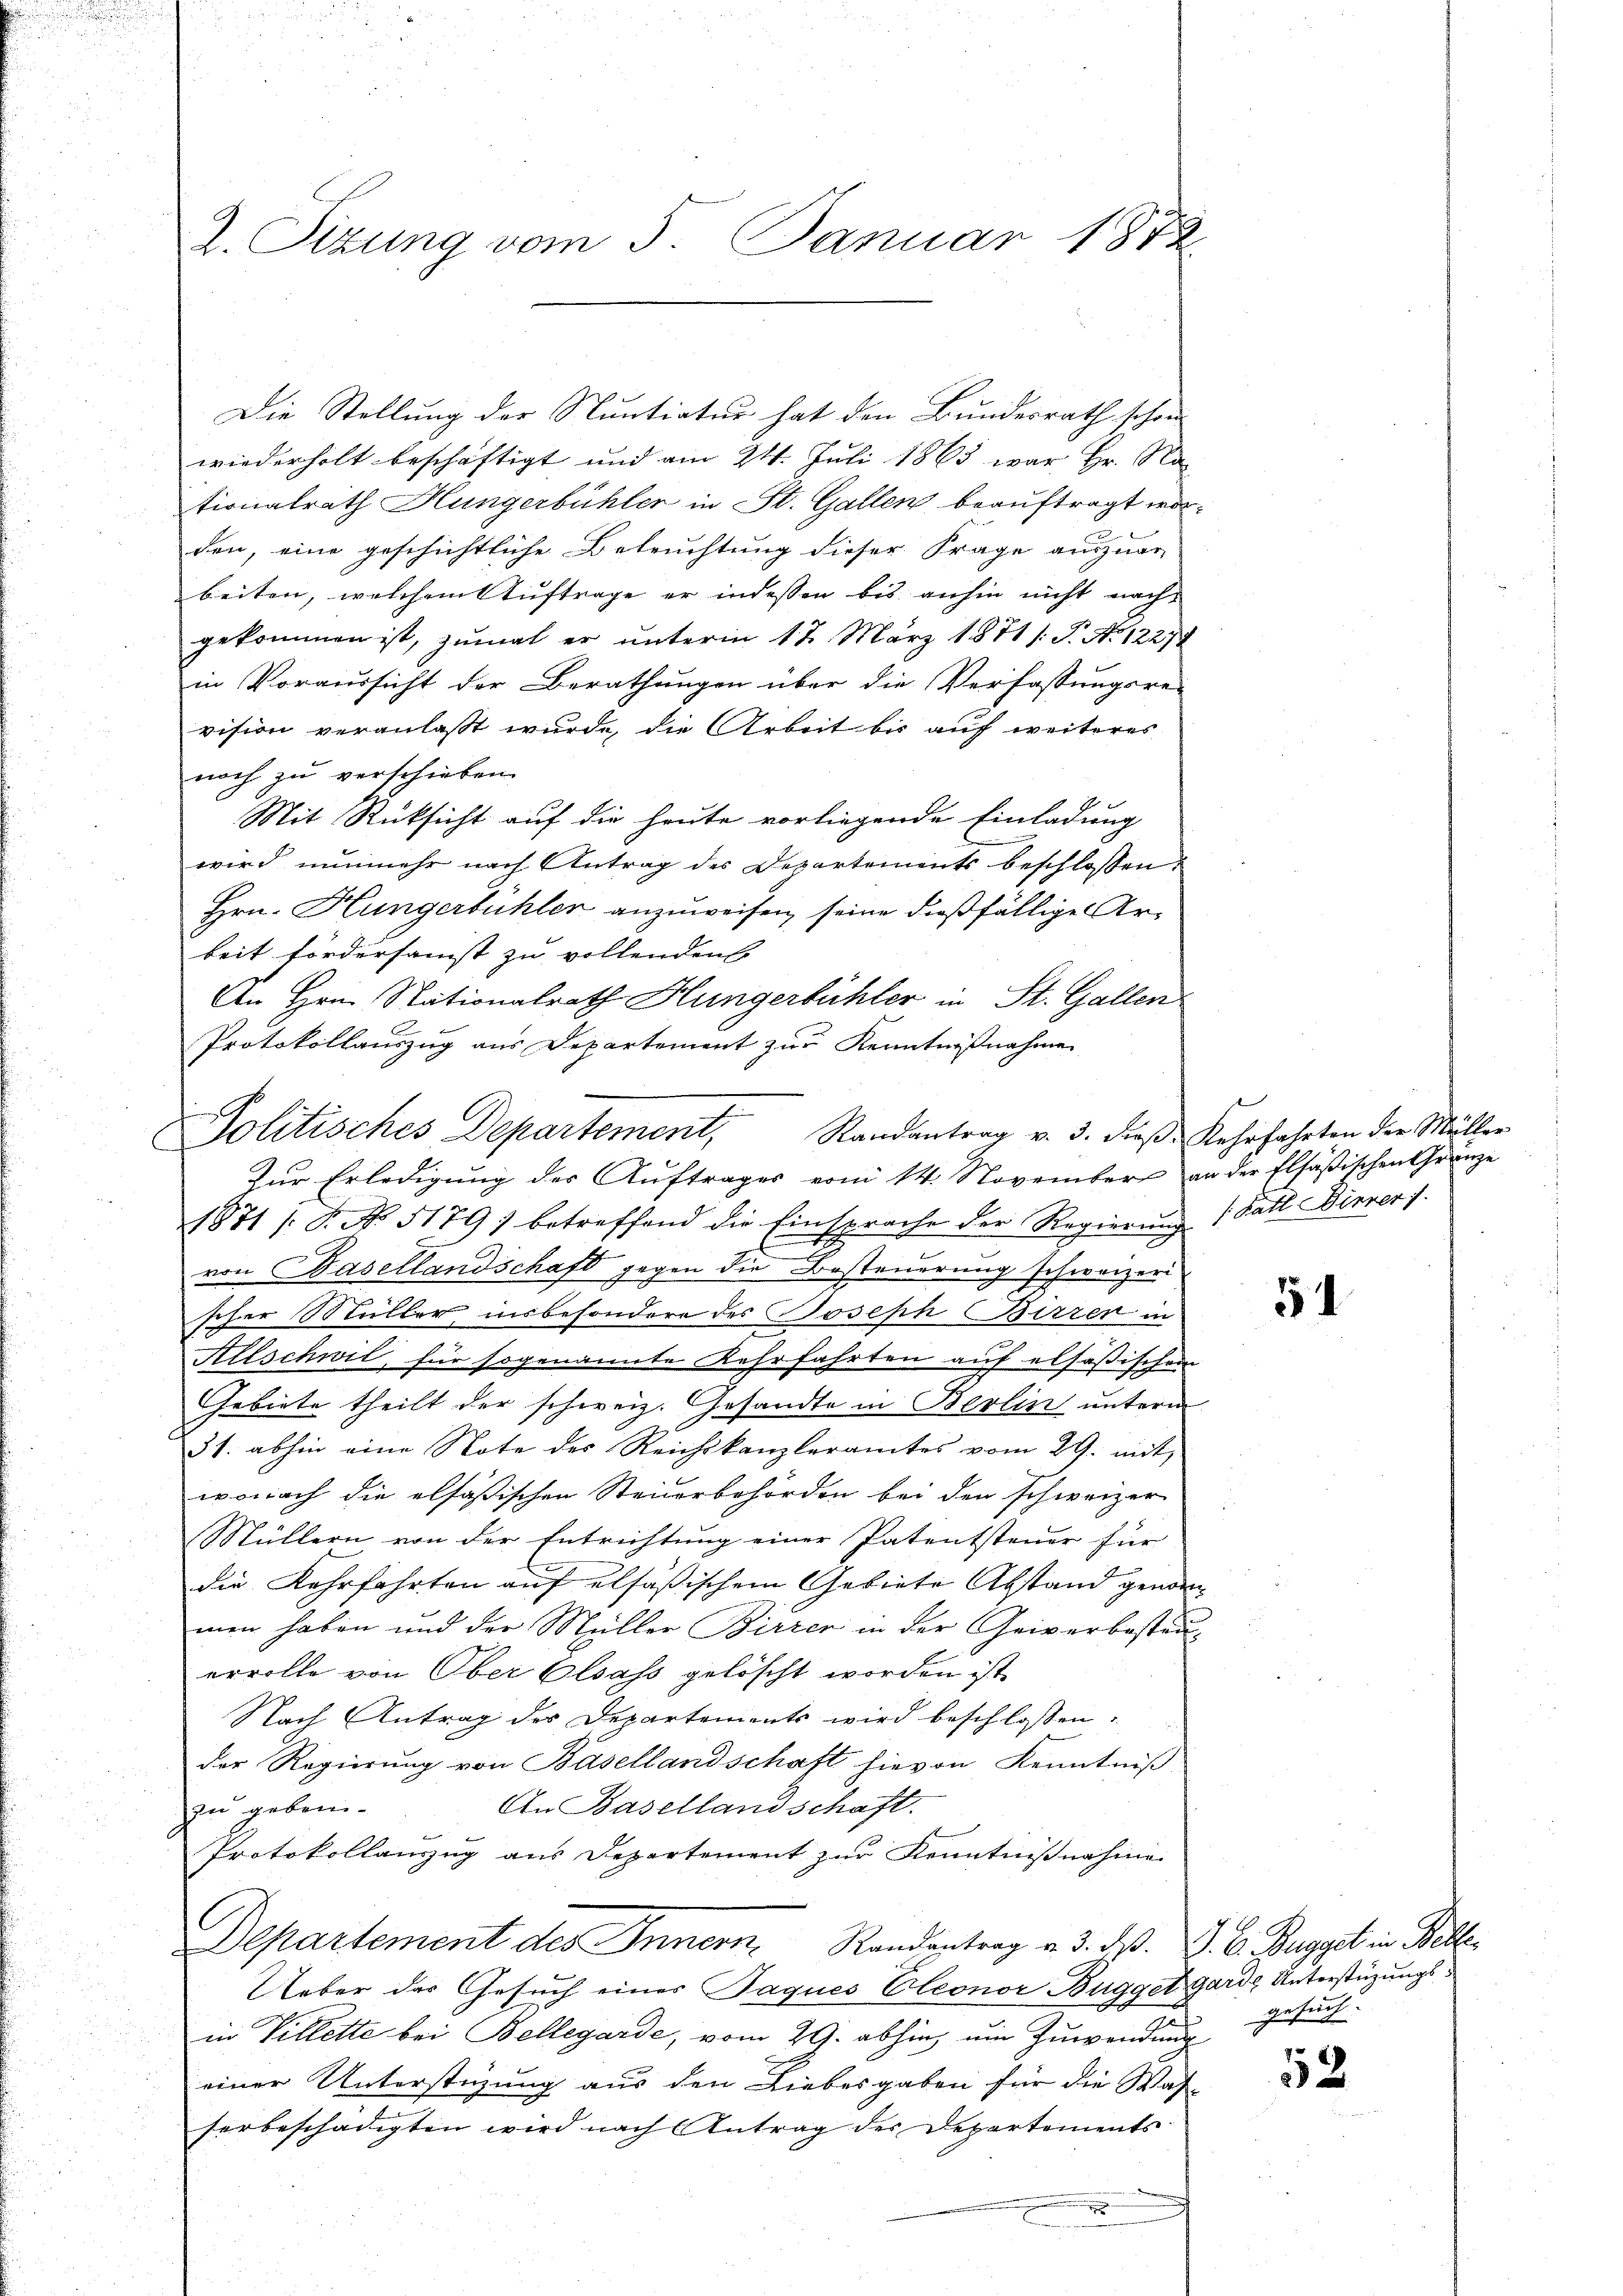
2. Sitzung vom 5. Januar 1872

Die Stellung der Nuntiatur hat den Bundesrath schon
wiederholt beschäftigt und am 24. Juli 1863 war Hr. Na
tionalrath Hungerbühler in St. Gallen beauftragt worden, eine geschichtliche Beleuchtung dieser Frage auszuge-
beiten, welchem Auftrage er indessen bis anhin nicht nach
gekommen ist, zumal er unterm 17. März 1871 /: P. Nr. 12274
in Voraussicht der Berathungen über die Verfassungsre-
vision veranlaßt wurde, die Arbeit bis auf weiteres
noch zu verschieben.
Mit Rüksicht auf die heute vorliegende Einladung
wird nunmehr nach Antrag des Departements beschlossen
Hrn. Hungerbühler anzuweisen, seine dießfällige Arbeit fördersamst zu vollenden
An Hrn. Stationalrath Hungerbühler in St. Gallen
Protokollauszug aus Departement zur Kenntnißnahmen
Zur Erledigung der Auftrages vom 14. November an der Elsäßischen Gränze
1871 /: F. No. 5179) betreffend die Einsprache der Regierung 1 Fatt Dirner s.
von Basellandschaft gegen die Besteuerung schweizeri
scher Müller insbesondere des Joseph Birren in
Allschwil, für sogenannte Kehrfahrten auf elsäßischen
Gebiete theilt der schweiz. Gesandte in Berlin unterm
31. abhin eine Note des Reichskanzleramtes vom 29. mit
wonach die elfäßischen Steuerbehörden bei den schweizer
Müllern von der Entrichtung einer Patentsteuer für
die Lehrfahrten auf elsäßischem Gebiete Abstand genommen haben und der Müller Birrer in der Geiverbestau-
ervolle von Ober Elsass gelöscht worden ist,
Nach Antrag der Departements wird beschlossen:
der Regierung von Basellandschaft hievon Kenntniß
An Basellandschaft.
zu geben.
Protokollanzug aus Departement zur Kenntnißnahme
Departement des Innern. Randantrag v. 3. dß. J. A. Buggat in Beller
Ueber das Gesuch eines Paques Eleonor Bugger Garde Unterstüzungsin Villette bei Bellegarde, vom 29. abhin, um Zuwendung
einer Unterstüzung aus den Liebesgaben für die Was-
serbeschädigten wird nach Antrag des Departements¬

E

Politisches Departement, Randantrag v. 3. dieβ Kehrfahrten der Müller

54

gesuch.

52